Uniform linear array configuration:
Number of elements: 24
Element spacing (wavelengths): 0.25
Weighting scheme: blackman
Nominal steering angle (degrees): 45
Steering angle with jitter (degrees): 43.997
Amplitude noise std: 0.05
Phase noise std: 0.05

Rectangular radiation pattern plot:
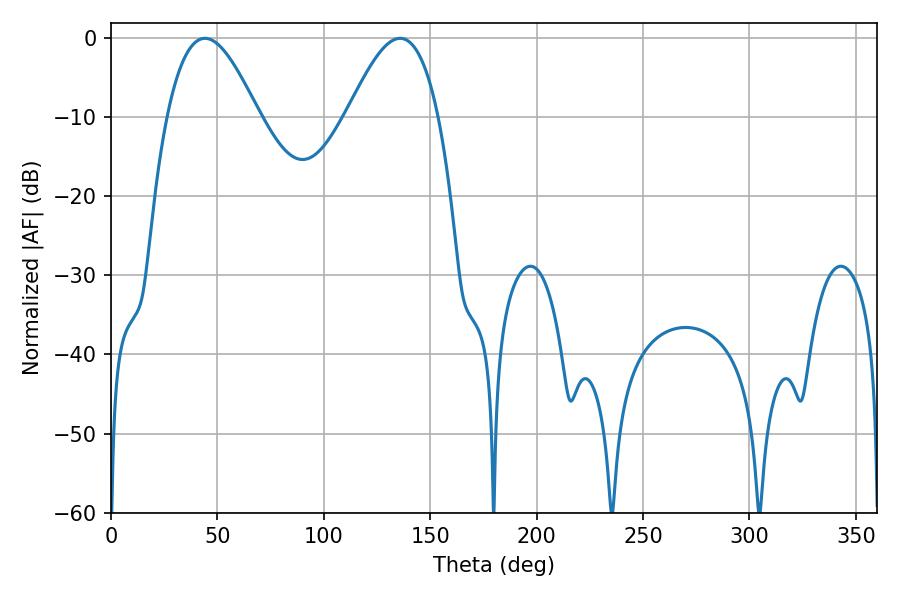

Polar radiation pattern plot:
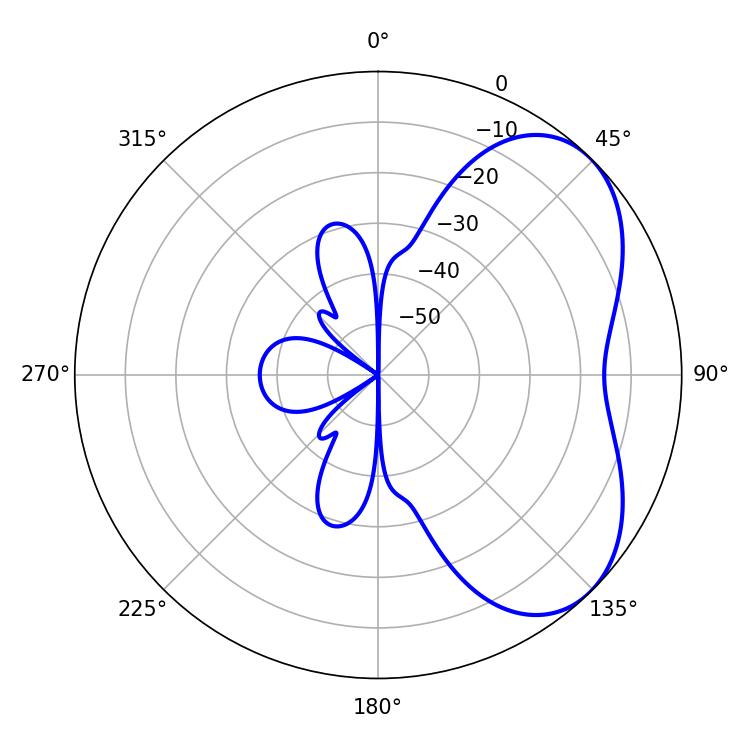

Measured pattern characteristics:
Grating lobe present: FALSE
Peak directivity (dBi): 4.895
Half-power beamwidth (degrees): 23.22
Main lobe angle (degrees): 44.1